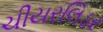
ચીયરલિડર